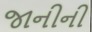
જાનીની